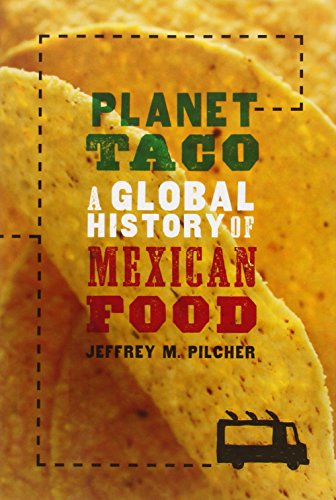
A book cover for Planet Taco: A Global History of Mexican Food; Jeffrey M. Pilcher; Cookbooks, Food & Wine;